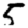
Digit: 5